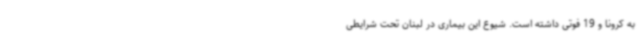
به کرونا و 19 فوتی داشته است. شیوع این بیماری در لبنان تحت شرایطی